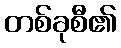
တစ်ခုစီ၏